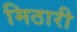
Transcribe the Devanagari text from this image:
मिठारी